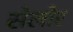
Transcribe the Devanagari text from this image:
सेलोर